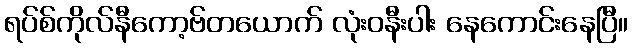
ရပ်စ်ကိုလ်နီကော့ဗ်တယောက် လုံးဝနီးပါး နေကောင်းနေပြီ။